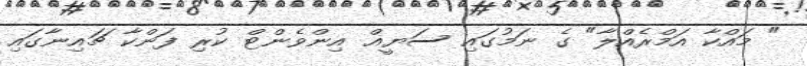
" މައްކާ އަމްރެއްލާ" ގެ ނަމުގައި ސަޔީޣް އިންވެންޓް ކުރި ފަންކާ ޗައިނާގައި